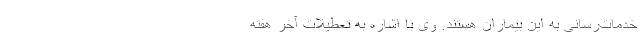
خدمات‌رسانی به این بیماران هستند. وی با اشاره به تعطیلات آخر هفته